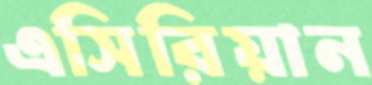
এসিরিয়ান